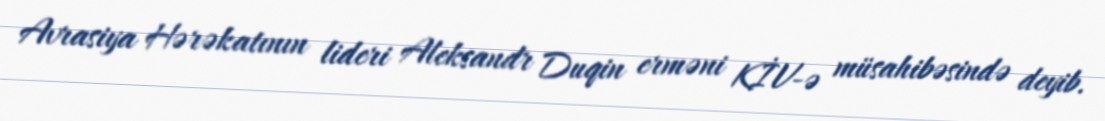
Avrasiya Hərəkatının lideri Aleksandr Duqin erməni KİV-ə müsahibəsində deyib.